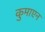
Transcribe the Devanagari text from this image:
कुमाएन